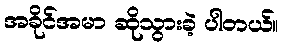
အခိုင်အမာ ဆိုသွားခဲ့ ပါတယ်။